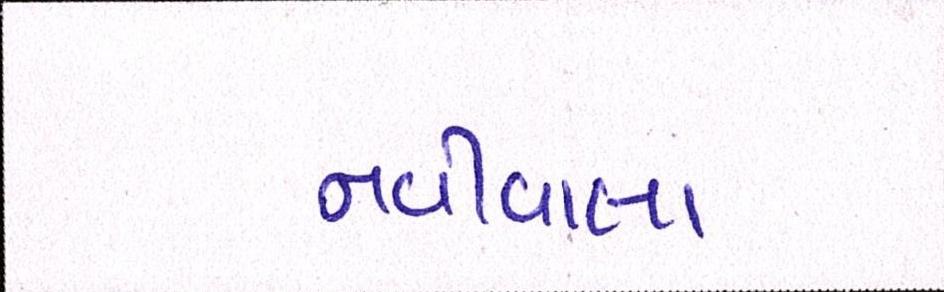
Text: નવીવાલા